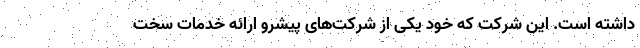
داشته است. این شرکت که خود یکی از شرکت‌های پیشرو ارائه خدمات سخت‌